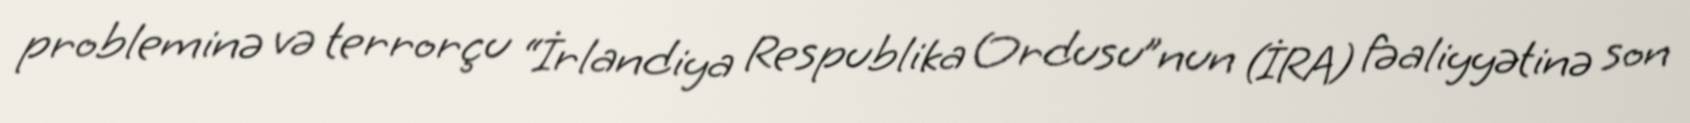
probleminə və terrorçu “İrlandiya Respublika Ordusu”nun (İRA) fəaliyyətinə son